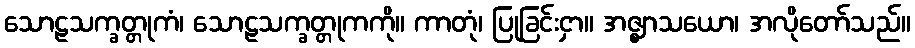
သောဠသက္ခတ္တုကံ၊ သောဠသက္ခတ္တုကကို။ ကာတုံ၊ ပြုခြင်းငှာ။ အဇ္ဈာသယော၊ အလိုတော်သည်။